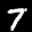
Label: 7